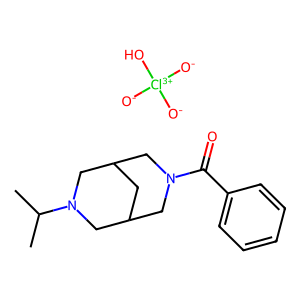
SMILES: CC(C)N1CC2CC(CN(C(=O)c3ccccc3)C2)C1.[O-][Cl+3]([O-])([O-])O
Inhibits HIV replication: No